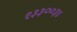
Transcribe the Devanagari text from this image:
१३३००३४